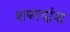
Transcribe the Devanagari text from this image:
शब्गदांश